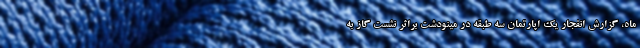
ماه، گزارش انفجار یک اپارتمان سه طبقه در مینودشت براثر نشست گاز به